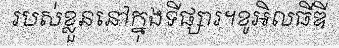
របស់ខ្លួននៅក្នុងទីផ្សារ។ខូអិលធីឌី